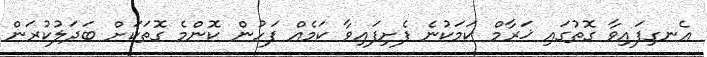
އެނގިފައިވާ ގޮތުގައި ޚަރާމް ކަމަކުނެ ފެށިފައިވާ ކަމެއް ފަހުން ކޮންމެ ގޮތަކަށް ބަދަލުކުރަން